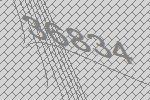
36834